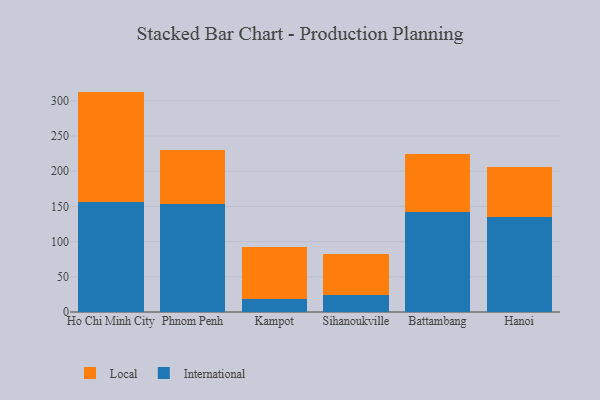
{"axis": {"x": "City", "y": "Page Views"}, "legend": ["International", "Local"], "data": [{"x": "Ho Chi Minh City", "y": 156.4, "type": "International"}, {"x": "Ho Chi Minh City", "y": 156.7, "type": "Local"}, {"x": "Phnom Penh", "y": 153.0, "type": "International"}, {"x": "Phnom Penh", "y": 77.7, "type": "Local"}, {"x": "Kampot", "y": 18.2, "type": "International"}, {"x": "Kampot", "y": 74.2, "type": "Local"}, {"x": "Sihanoukville", "y": 24.7, "type": "International"}, {"x": "Sihanoukville", "y": 57.6, "type": "Local"}, {"x": "Battambang", "y": 142.3, "type": "International"}, {"x": "Battambang", "y": 81.7, "type": "Local"}, {"x": "Hanoi", "y": 135.0, "type": "International"}, {"x": "Hanoi", "y": 70.9, "type": "Local"}]}